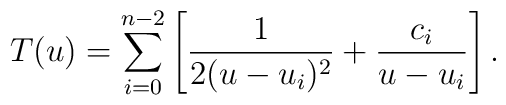
T(u)=\sum_{i=0}^{n-2}\left[{1\over 2(u-u_i)^2}+{c_i\over u-u_i}\right].